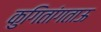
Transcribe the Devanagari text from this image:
कुगितांगताऊ